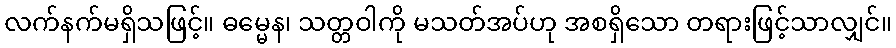
လက်နက်မရှိသဖြင့်။ ဓမ္မေန၊ သတ္တဝါကို မသတ်အပ်ဟု အစရှိသော တရားဖြင့်သာလျှင်။